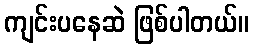
ကျင်းပနေဆဲ ဖြစ်ပါတယ်။